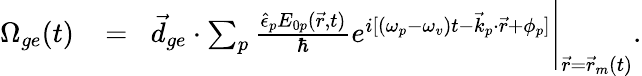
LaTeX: \begin{array}{rlr}{\Omega_{ge}(t)\! }&{{}=}&{\! \vec{d}_{ge}\cdot\sum_{p}\frac{\hat{\epsilon}_{p}E_{0p}(\vec{r},t)}{\hbar}e^{i[(\omega_{p}-\omega_{v})t-\vec{k}_{p}\cdot\vec{r}+\phi_{p}]}\Bigg\rvert_{\vec{r}=\vec{r}_{m}(t)}.}\end{array}